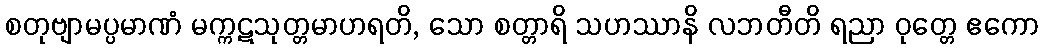
စတုဗျာမပ္ပမာဏံ မက္ကဋသုတ္တမာဟရတိ, သော စတ္တာရိ သဟဿာနိ လဘတီတိ ရညာ ဝုတ္တေ ဧကော